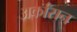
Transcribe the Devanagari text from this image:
अर्कांसन